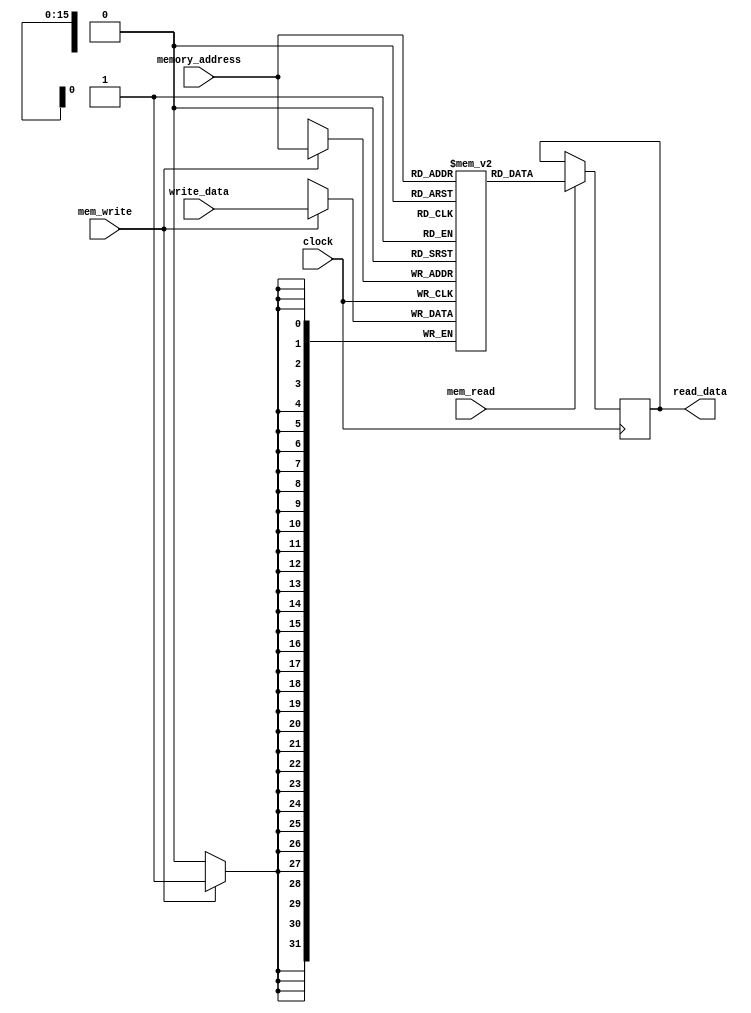
module data_memory (memory_address, write_data, read_data, mem_write, mem_read,clock);



input [15:0] memory_address;
input [31:0] write_data;
output reg [31:0] read_data;  
input mem_write, mem_read, clock;
reg [31:0] _data_memory[0:65535] ; // 2^16 -1



always @(posedge clock) 
begin
	if (mem_write == 1'b1) begin
		_data_memory[memory_address] = write_data;
	end
	
end

always @(negedge clock)begin
	if (mem_read == 1'b1) begin
		read_data = _data_memory[memory_address[15:0]];
	end
end

endmodule